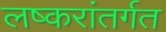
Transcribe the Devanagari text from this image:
लष्करांतर्गत